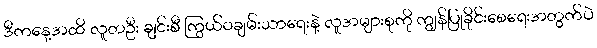
ဒီကနေ့အထိ လူတဦး ချင်းစီ ကြွယ်ဝချမ်းသာရေးနဲ့ လူအများစုကို ကျွန်ပြုခိုင်းစေရေးအတွက်ပဲ